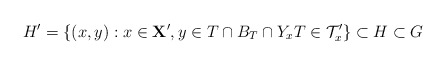
\begin{align*}H' = \{ (x,y):x\in \mathbf{X}', y\in T\cap B_T \cap Y_x T\in\mathcal{T}'_x\} \subset H \subset G\end{align*}